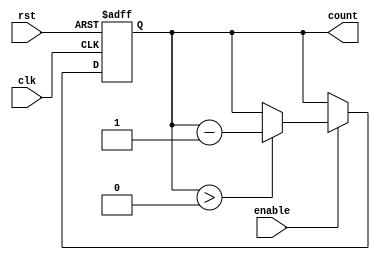
module binary_down_counter (
    input wire clk, // clock input
    input wire rst, // reset input
    input wire enable, // enable input
    output reg [7:0] count // 8-bit binary down counter output
);

// Synchronous counter design
always @(posedge clk or posedge rst) begin
    if (rst) begin
        count <= 8'b11111111; // initialize counter at maximum value
    end else if (enable) begin
        if (count > 0) begin
            count <= count - 1; // decrement counter value
        end
    end
end

endmodule